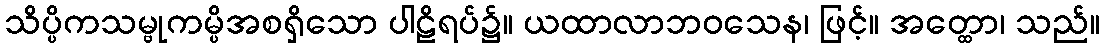
သိပ္ပိကသမ္ဗုကမ္ပိအစရှိသော ပါဠိရပ်၌။ ယထာလာဘဝသေန၊ ဖြင့်။ အတ္ထော၊ သည်။